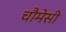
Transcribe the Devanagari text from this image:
चौमेसी